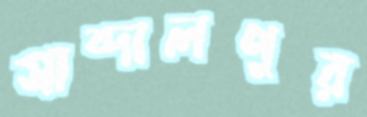
সাব্দালপুর